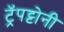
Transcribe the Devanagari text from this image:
ट्रॅपट्टोनी